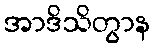
အာဒိသိတွာန